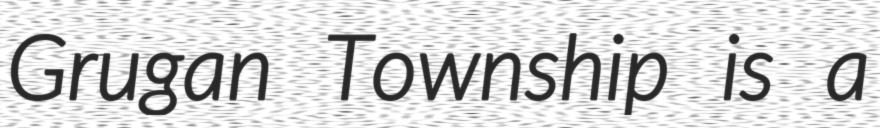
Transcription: Grugan Township is a